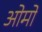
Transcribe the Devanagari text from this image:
ओमों